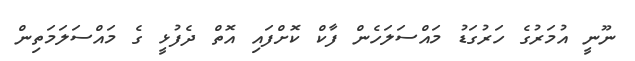
ނޫނީ އުމަރުގެ ހަރުގަޑު މައްސަލަހެން ފާކް ކޮށްފައި އޮތް ދެފުޅީ ގެ މައްސަލަމަތިން